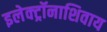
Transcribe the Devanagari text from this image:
इलेक्ट्रॉनाशिवाय